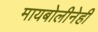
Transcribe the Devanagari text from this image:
मायबोलीनेही